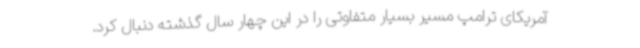
آمریکای ترامپ مسیر بسیار متفاوتی را در این چهار سال گذشته دنبال کرد.